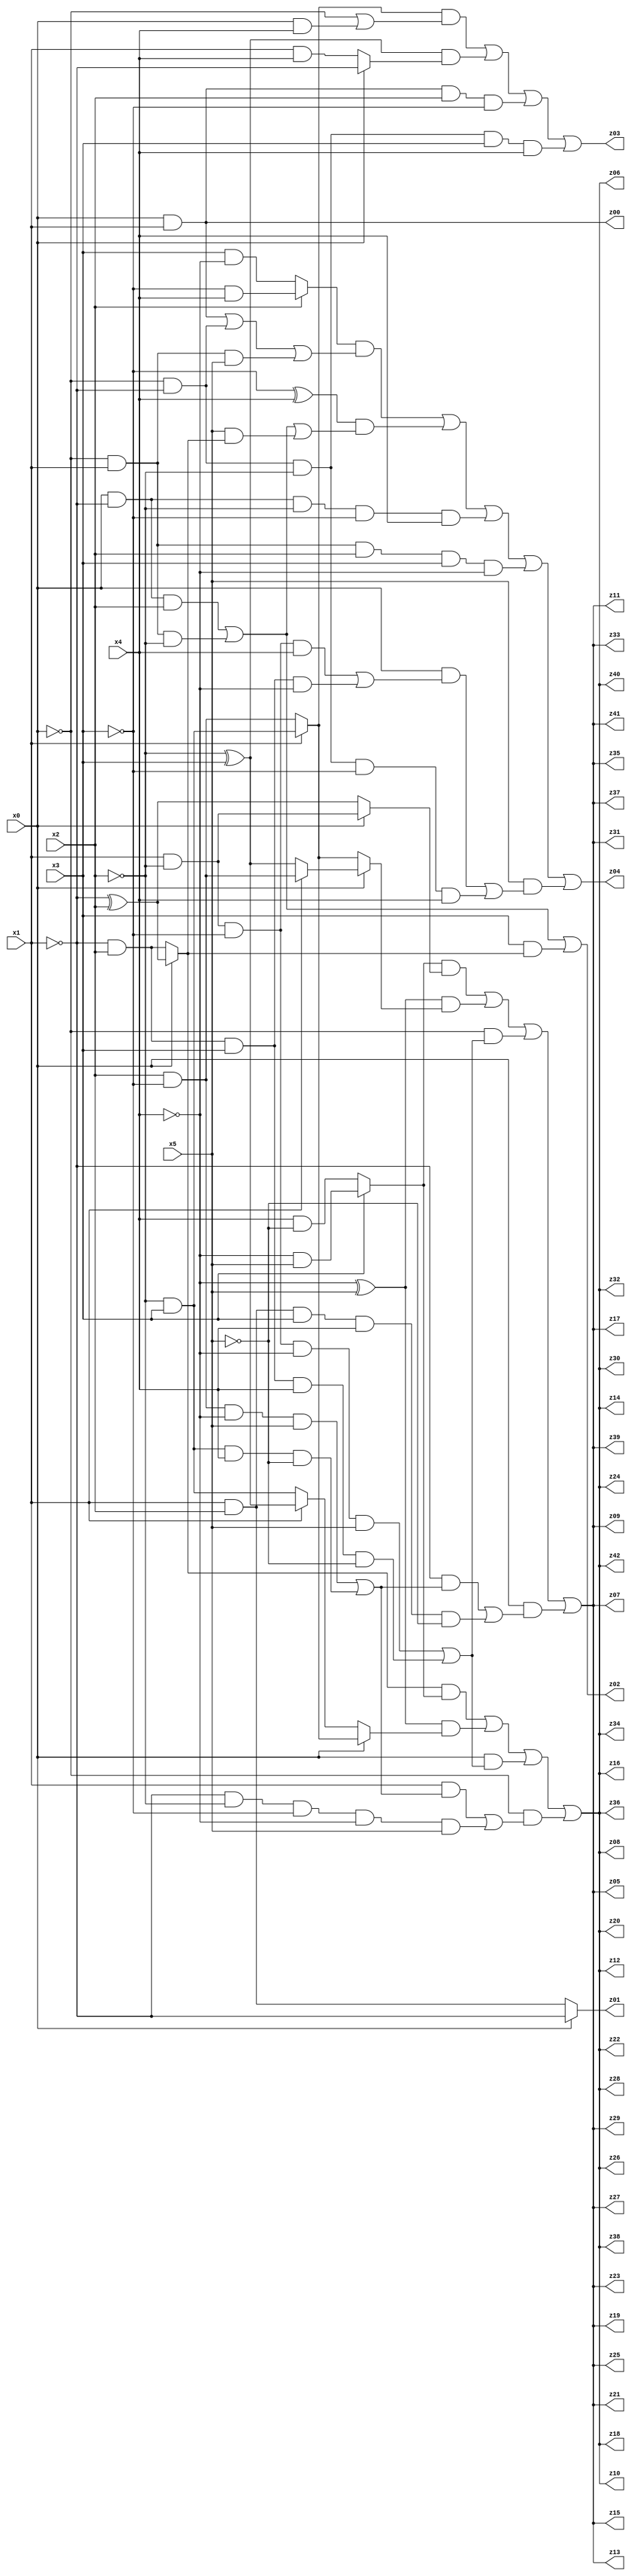
// Benchmark "q_7" written by ABC on Mon Jul 10 18:45:32 2023

module q_7 ( 
    x0, x1, x2, x3, x4, x5,
    z00, z01, z02, z03, z04, z05, z06, z07, z08, z09, z10, z11, z12, z13,
    z14, z15, z16, z17, z18, z19, z20, z21, z22, z23, z24, z25, z26, z27,
    z28, z29, z30, z31, z32, z33, z34, z35, z36, z37, z38, z39, z40, z41,
    z42  );
  input  x0, x1, x2, x3, x4, x5;
  output z00, z01, z02, z03, z04, z05, z06, z07, z08, z09, z10, z11, z12, z13,
    z14, z15, z16, z17, z18, z19, z20, z21, z22, z23, z24, z25, z26, z27,
    z28, z29, z30, z31, z32, z33, z34, z35, z36, z37, z38, z39, z40, z41,
    z42;
  assign z00 = x0 & x1;
  assign z01 = x0 ? ~x1 : (x1 & x2);
  assign z02 = (x0 & ~x1 & x2) | (~x0 & x1 & ~x2) | (x3 & (x0 ? (~x1 ^ x2) : (~x1 & x2)));
  assign z03 = ((x1 ? (~x2 & x3) : (x2 & ~x3)) & (~x0 | (x0 & x4))) | ((~x2 ^ x3) & (x0 ? ~x1 : (x1 & x4))) | (x0 & x1 & x2 & ~x3) | (~x0 & ~x1 & ~x2 & x3 & x4);
  assign z04 = ((x2 ? (~x3 & x4) : (x3 & ~x4)) & ((x0 & x1) | (~x0 & ~x1) | (~x0 & x1 & x5))) | ((~x3 ^ x4) & ((x0 & ~x1 & x2) | (~x0 & x1 & ~x2) | (x5 & (x0 ? (~x1 ^ x2) : (~x1 & x2))))) | (x0 & ~x1 & ~x2 & ~x3 & x4) | (~x0 & x1 & x2 & x3 & ~x4) | (x5 & ((x0 & ((x1 & ~x2 & ~x3 & x4) | (~x1 & x2 & x3 & ~x4))) | (~x0 & ~x1 & ~x2 & ~x3 & x4)));
  assign z05 = ((x3 ? (~x4 & x5) : (x4 & ~x5)) & (x0 ? (x1 & ~x2) : (~x1 ^ x2))) | ((~x4 ^ x5) & (x0 ? (x1 ? (x2 & ~x3) : (~x2 ^ x3)) : (x1 ? (~x2 & x3) : (x2 & ~x3)))) | (~x0 & ((x1 & ~x2 & ~x3 & ~x4 & x5) | (~x1 & x2 & x3 & x4 & ~x5))) | (x0 & ((~x1 & ((x2 & ~x3 & ~x4 & x5) | (~x2 & x3 & x4 & ~x5))) | (x1 & x2 & x3 & x4 & ~x5)));
  assign z06 = ((x0 ? (~x1 ^ x2) : (~x1 & x2)) & (x3 ? (~x4 & x5) : (x4 & ~x5))) | ((~x4 ^ x5) & (x0 ? (x1 ? (~x2 & x3) : (x2 & ~x3)) : (x1 ? (~x2 ^ x3) : (~x2 & x3)))) | (x0 & ((x1 & ~x2 & ~x3 & ~x4 & x5) | (~x1 & x2 & x3 & x4 & ~x5))) | (~x0 & ((x1 & ((x2 & ~x3 & ~x4 & x5) | (~x2 & x3 & x4 & ~x5))) | (~x1 & ~x2 & ~x3 & ~x4 & x5)));
  assign z07 = ((x3 ? (~x4 & x5) : (x4 & ~x5)) & (x0 ? (x1 & ~x2) : (~x1 ^ x2))) | ((~x4 ^ x5) & (x0 ? (x1 ? (x2 & ~x3) : (~x2 ^ x3)) : (x1 ? (~x2 & x3) : (x2 & ~x3)))) | (~x0 & ((x1 & ~x2 & ~x3 & ~x4 & x5) | (~x1 & x2 & x3 & x4 & ~x5))) | (x0 & ((~x1 & ((x2 & ~x3 & ~x4 & x5) | (~x2 & x3 & x4 & ~x5))) | (x1 & x2 & x3 & x4 & ~x5)));
  assign z08 = ((x0 ? (~x1 ^ x2) : (~x1 & x2)) & (x3 ? (~x4 & x5) : (x4 & ~x5))) | ((~x4 ^ x5) & (x0 ? (x1 ? (~x2 & x3) : (x2 & ~x3)) : (x1 ? (~x2 ^ x3) : (~x2 & x3)))) | (x0 & ((x1 & ~x2 & ~x3 & ~x4 & x5) | (~x1 & x2 & x3 & x4 & ~x5))) | (~x0 & ((x1 & ((x2 & ~x3 & ~x4 & x5) | (~x2 & x3 & x4 & ~x5))) | (~x1 & ~x2 & ~x3 & ~x4 & x5)));
  assign z09 = ((x3 ? (~x4 & x5) : (x4 & ~x5)) & (x0 ? (x1 & ~x2) : (~x1 ^ x2))) | ((~x4 ^ x5) & (x0 ? (x1 ? (x2 & ~x3) : (~x2 ^ x3)) : (x1 ? (~x2 & x3) : (x2 & ~x3)))) | (~x0 & ((x1 & ~x2 & ~x3 & ~x4 & x5) | (~x1 & x2 & x3 & x4 & ~x5))) | (x0 & ((~x1 & ((x2 & ~x3 & ~x4 & x5) | (~x2 & x3 & x4 & ~x5))) | (x1 & x2 & x3 & x4 & ~x5)));
  assign z10 = ((x0 ? (~x1 ^ x2) : (~x1 & x2)) & (x3 ? (~x4 & x5) : (x4 & ~x5))) | ((~x4 ^ x5) & (x0 ? (x1 ? (~x2 & x3) : (x2 & ~x3)) : (x1 ? (~x2 ^ x3) : (~x2 & x3)))) | (x0 & ((x1 & ~x2 & ~x3 & ~x4 & x5) | (~x1 & x2 & x3 & x4 & ~x5))) | (~x0 & ((x1 & ((x2 & ~x3 & ~x4 & x5) | (~x2 & x3 & x4 & ~x5))) | (~x1 & ~x2 & ~x3 & ~x4 & x5)));
  assign z11 = ((x3 ? (~x4 & x5) : (x4 & ~x5)) & (x0 ? (x1 & ~x2) : (~x1 ^ x2))) | ((~x4 ^ x5) & (x0 ? (x1 ? (x2 & ~x3) : (~x2 ^ x3)) : (x1 ? (~x2 & x3) : (x2 & ~x3)))) | (~x0 & ((x1 & ~x2 & ~x3 & ~x4 & x5) | (~x1 & x2 & x3 & x4 & ~x5))) | (x0 & ((~x1 & ((x2 & ~x3 & ~x4 & x5) | (~x2 & x3 & x4 & ~x5))) | (x1 & x2 & x3 & x4 & ~x5)));
  assign z12 = ((x0 ? (~x1 ^ x2) : (~x1 & x2)) & (x3 ? (~x4 & x5) : (x4 & ~x5))) | ((~x4 ^ x5) & (x0 ? (x1 ? (~x2 & x3) : (x2 & ~x3)) : (x1 ? (~x2 ^ x3) : (~x2 & x3)))) | (x0 & ((x1 & ~x2 & ~x3 & ~x4 & x5) | (~x1 & x2 & x3 & x4 & ~x5))) | (~x0 & ((x1 & ((x2 & ~x3 & ~x4 & x5) | (~x2 & x3 & x4 & ~x5))) | (~x1 & ~x2 & ~x3 & ~x4 & x5)));
  assign z13 = ((x3 ? (~x4 & x5) : (x4 & ~x5)) & (x0 ? (x1 & ~x2) : (~x1 ^ x2))) | ((~x4 ^ x5) & (x0 ? (x1 ? (x2 & ~x3) : (~x2 ^ x3)) : (x1 ? (~x2 & x3) : (x2 & ~x3)))) | (~x0 & ((x1 & ~x2 & ~x3 & ~x4 & x5) | (~x1 & x2 & x3 & x4 & ~x5))) | (x0 & ((~x1 & ((x2 & ~x3 & ~x4 & x5) | (~x2 & x3 & x4 & ~x5))) | (x1 & x2 & x3 & x4 & ~x5)));
  assign z14 = ((x0 ? (~x1 ^ x2) : (~x1 & x2)) & (x3 ? (~x4 & x5) : (x4 & ~x5))) | ((~x4 ^ x5) & (x0 ? (x1 ? (~x2 & x3) : (x2 & ~x3)) : (x1 ? (~x2 ^ x3) : (~x2 & x3)))) | (x0 & ((x1 & ~x2 & ~x3 & ~x4 & x5) | (~x1 & x2 & x3 & x4 & ~x5))) | (~x0 & ((x1 & ((x2 & ~x3 & ~x4 & x5) | (~x2 & x3 & x4 & ~x5))) | (~x1 & ~x2 & ~x3 & ~x4 & x5)));
  assign z15 = ((x3 ? (~x4 & x5) : (x4 & ~x5)) & (x0 ? (x1 & ~x2) : (~x1 ^ x2))) | ((~x4 ^ x5) & (x0 ? (x1 ? (x2 & ~x3) : (~x2 ^ x3)) : (x1 ? (~x2 & x3) : (x2 & ~x3)))) | (~x0 & ((x1 & ~x2 & ~x3 & ~x4 & x5) | (~x1 & x2 & x3 & x4 & ~x5))) | (x0 & ((~x1 & ((x2 & ~x3 & ~x4 & x5) | (~x2 & x3 & x4 & ~x5))) | (x1 & x2 & x3 & x4 & ~x5)));
  assign z16 = ((x0 ? (~x1 ^ x2) : (~x1 & x2)) & (x3 ? (~x4 & x5) : (x4 & ~x5))) | ((~x4 ^ x5) & (x0 ? (x1 ? (~x2 & x3) : (x2 & ~x3)) : (x1 ? (~x2 ^ x3) : (~x2 & x3)))) | (x0 & ((x1 & ~x2 & ~x3 & ~x4 & x5) | (~x1 & x2 & x3 & x4 & ~x5))) | (~x0 & ((x1 & ((x2 & ~x3 & ~x4 & x5) | (~x2 & x3 & x4 & ~x5))) | (~x1 & ~x2 & ~x3 & ~x4 & x5)));
  assign z17 = ((x3 ? (~x4 & x5) : (x4 & ~x5)) & (x0 ? (x1 & ~x2) : (~x1 ^ x2))) | ((~x4 ^ x5) & (x0 ? (x1 ? (x2 & ~x3) : (~x2 ^ x3)) : (x1 ? (~x2 & x3) : (x2 & ~x3)))) | (~x0 & ((x1 & ~x2 & ~x3 & ~x4 & x5) | (~x1 & x2 & x3 & x4 & ~x5))) | (x0 & ((~x1 & ((x2 & ~x3 & ~x4 & x5) | (~x2 & x3 & x4 & ~x5))) | (x1 & x2 & x3 & x4 & ~x5)));
  assign z18 = ((x0 ? (~x1 ^ x2) : (~x1 & x2)) & (x3 ? (~x4 & x5) : (x4 & ~x5))) | ((~x4 ^ x5) & (x0 ? (x1 ? (~x2 & x3) : (x2 & ~x3)) : (x1 ? (~x2 ^ x3) : (~x2 & x3)))) | (x0 & ((x1 & ~x2 & ~x3 & ~x4 & x5) | (~x1 & x2 & x3 & x4 & ~x5))) | (~x0 & ((x1 & ((x2 & ~x3 & ~x4 & x5) | (~x2 & x3 & x4 & ~x5))) | (~x1 & ~x2 & ~x3 & ~x4 & x5)));
  assign z19 = ((x3 ? (~x4 & x5) : (x4 & ~x5)) & (x0 ? (x1 & ~x2) : (~x1 ^ x2))) | ((~x4 ^ x5) & (x0 ? (x1 ? (x2 & ~x3) : (~x2 ^ x3)) : (x1 ? (~x2 & x3) : (x2 & ~x3)))) | (~x0 & ((x1 & ~x2 & ~x3 & ~x4 & x5) | (~x1 & x2 & x3 & x4 & ~x5))) | (x0 & ((~x1 & ((x2 & ~x3 & ~x4 & x5) | (~x2 & x3 & x4 & ~x5))) | (x1 & x2 & x3 & x4 & ~x5)));
  assign z20 = ((x0 ? (~x1 ^ x2) : (~x1 & x2)) & (x3 ? (~x4 & x5) : (x4 & ~x5))) | ((~x4 ^ x5) & (x0 ? (x1 ? (~x2 & x3) : (x2 & ~x3)) : (x1 ? (~x2 ^ x3) : (~x2 & x3)))) | (x0 & ((x1 & ~x2 & ~x3 & ~x4 & x5) | (~x1 & x2 & x3 & x4 & ~x5))) | (~x0 & ((x1 & ((x2 & ~x3 & ~x4 & x5) | (~x2 & x3 & x4 & ~x5))) | (~x1 & ~x2 & ~x3 & ~x4 & x5)));
  assign z21 = ((x3 ? (~x4 & x5) : (x4 & ~x5)) & (x0 ? (x1 & ~x2) : (~x1 ^ x2))) | ((~x4 ^ x5) & (x0 ? (x1 ? (x2 & ~x3) : (~x2 ^ x3)) : (x1 ? (~x2 & x3) : (x2 & ~x3)))) | (~x0 & ((x1 & ~x2 & ~x3 & ~x4 & x5) | (~x1 & x2 & x3 & x4 & ~x5))) | (x0 & ((~x1 & ((x2 & ~x3 & ~x4 & x5) | (~x2 & x3 & x4 & ~x5))) | (x1 & x2 & x3 & x4 & ~x5)));
  assign z22 = ((x0 ? (~x1 ^ x2) : (~x1 & x2)) & (x3 ? (~x4 & x5) : (x4 & ~x5))) | ((~x4 ^ x5) & (x0 ? (x1 ? (~x2 & x3) : (x2 & ~x3)) : (x1 ? (~x2 ^ x3) : (~x2 & x3)))) | (x0 & ((x1 & ~x2 & ~x3 & ~x4 & x5) | (~x1 & x2 & x3 & x4 & ~x5))) | (~x0 & ((x1 & ((x2 & ~x3 & ~x4 & x5) | (~x2 & x3 & x4 & ~x5))) | (~x1 & ~x2 & ~x3 & ~x4 & x5)));
  assign z23 = ((x3 ? (~x4 & x5) : (x4 & ~x5)) & (x0 ? (x1 & ~x2) : (~x1 ^ x2))) | ((~x4 ^ x5) & (x0 ? (x1 ? (x2 & ~x3) : (~x2 ^ x3)) : (x1 ? (~x2 & x3) : (x2 & ~x3)))) | (~x0 & ((x1 & ~x2 & ~x3 & ~x4 & x5) | (~x1 & x2 & x3 & x4 & ~x5))) | (x0 & ((~x1 & ((x2 & ~x3 & ~x4 & x5) | (~x2 & x3 & x4 & ~x5))) | (x1 & x2 & x3 & x4 & ~x5)));
  assign z24 = ((x0 ? (~x1 ^ x2) : (~x1 & x2)) & (x3 ? (~x4 & x5) : (x4 & ~x5))) | ((~x4 ^ x5) & (x0 ? (x1 ? (~x2 & x3) : (x2 & ~x3)) : (x1 ? (~x2 ^ x3) : (~x2 & x3)))) | (x0 & ((x1 & ~x2 & ~x3 & ~x4 & x5) | (~x1 & x2 & x3 & x4 & ~x5))) | (~x0 & ((x1 & ((x2 & ~x3 & ~x4 & x5) | (~x2 & x3 & x4 & ~x5))) | (~x1 & ~x2 & ~x3 & ~x4 & x5)));
  assign z25 = ((x3 ? (~x4 & x5) : (x4 & ~x5)) & (x0 ? (x1 & ~x2) : (~x1 ^ x2))) | ((~x4 ^ x5) & (x0 ? (x1 ? (x2 & ~x3) : (~x2 ^ x3)) : (x1 ? (~x2 & x3) : (x2 & ~x3)))) | (~x0 & ((x1 & ~x2 & ~x3 & ~x4 & x5) | (~x1 & x2 & x3 & x4 & ~x5))) | (x0 & ((~x1 & ((x2 & ~x3 & ~x4 & x5) | (~x2 & x3 & x4 & ~x5))) | (x1 & x2 & x3 & x4 & ~x5)));
  assign z26 = ((x0 ? (~x1 ^ x2) : (~x1 & x2)) & (x3 ? (~x4 & x5) : (x4 & ~x5))) | ((~x4 ^ x5) & (x0 ? (x1 ? (~x2 & x3) : (x2 & ~x3)) : (x1 ? (~x2 ^ x3) : (~x2 & x3)))) | (x0 & ((x1 & ~x2 & ~x3 & ~x4 & x5) | (~x1 & x2 & x3 & x4 & ~x5))) | (~x0 & ((x1 & ((x2 & ~x3 & ~x4 & x5) | (~x2 & x3 & x4 & ~x5))) | (~x1 & ~x2 & ~x3 & ~x4 & x5)));
  assign z27 = ((x3 ? (~x4 & x5) : (x4 & ~x5)) & (x0 ? (x1 & ~x2) : (~x1 ^ x2))) | ((~x4 ^ x5) & (x0 ? (x1 ? (x2 & ~x3) : (~x2 ^ x3)) : (x1 ? (~x2 & x3) : (x2 & ~x3)))) | (~x0 & ((x1 & ~x2 & ~x3 & ~x4 & x5) | (~x1 & x2 & x3 & x4 & ~x5))) | (x0 & ((~x1 & ((x2 & ~x3 & ~x4 & x5) | (~x2 & x3 & x4 & ~x5))) | (x1 & x2 & x3 & x4 & ~x5)));
  assign z28 = ((x0 ? (~x1 ^ x2) : (~x1 & x2)) & (x3 ? (~x4 & x5) : (x4 & ~x5))) | ((~x4 ^ x5) & (x0 ? (x1 ? (~x2 & x3) : (x2 & ~x3)) : (x1 ? (~x2 ^ x3) : (~x2 & x3)))) | (x0 & ((x1 & ~x2 & ~x3 & ~x4 & x5) | (~x1 & x2 & x3 & x4 & ~x5))) | (~x0 & ((x1 & ((x2 & ~x3 & ~x4 & x5) | (~x2 & x3 & x4 & ~x5))) | (~x1 & ~x2 & ~x3 & ~x4 & x5)));
  assign z29 = ((x3 ? (~x4 & x5) : (x4 & ~x5)) & (x0 ? (x1 & ~x2) : (~x1 ^ x2))) | ((~x4 ^ x5) & (x0 ? (x1 ? (x2 & ~x3) : (~x2 ^ x3)) : (x1 ? (~x2 & x3) : (x2 & ~x3)))) | (~x0 & ((x1 & ~x2 & ~x3 & ~x4 & x5) | (~x1 & x2 & x3 & x4 & ~x5))) | (x0 & ((~x1 & ((x2 & ~x3 & ~x4 & x5) | (~x2 & x3 & x4 & ~x5))) | (x1 & x2 & x3 & x4 & ~x5)));
  assign z30 = ((x0 ? (~x1 ^ x2) : (~x1 & x2)) & (x3 ? (~x4 & x5) : (x4 & ~x5))) | ((~x4 ^ x5) & (x0 ? (x1 ? (~x2 & x3) : (x2 & ~x3)) : (x1 ? (~x2 ^ x3) : (~x2 & x3)))) | (x0 & ((x1 & ~x2 & ~x3 & ~x4 & x5) | (~x1 & x2 & x3 & x4 & ~x5))) | (~x0 & ((x1 & ((x2 & ~x3 & ~x4 & x5) | (~x2 & x3 & x4 & ~x5))) | (~x1 & ~x2 & ~x3 & ~x4 & x5)));
  assign z31 = ((x3 ? (~x4 & x5) : (x4 & ~x5)) & (x0 ? (x1 & ~x2) : (~x1 ^ x2))) | ((~x4 ^ x5) & (x0 ? (x1 ? (x2 & ~x3) : (~x2 ^ x3)) : (x1 ? (~x2 & x3) : (x2 & ~x3)))) | (~x0 & ((x1 & ~x2 & ~x3 & ~x4 & x5) | (~x1 & x2 & x3 & x4 & ~x5))) | (x0 & ((~x1 & ((x2 & ~x3 & ~x4 & x5) | (~x2 & x3 & x4 & ~x5))) | (x1 & x2 & x3 & x4 & ~x5)));
  assign z32 = ((x0 ? (~x1 ^ x2) : (~x1 & x2)) & (x3 ? (~x4 & x5) : (x4 & ~x5))) | ((~x4 ^ x5) & (x0 ? (x1 ? (~x2 & x3) : (x2 & ~x3)) : (x1 ? (~x2 ^ x3) : (~x2 & x3)))) | (x0 & ((x1 & ~x2 & ~x3 & ~x4 & x5) | (~x1 & x2 & x3 & x4 & ~x5))) | (~x0 & ((x1 & ((x2 & ~x3 & ~x4 & x5) | (~x2 & x3 & x4 & ~x5))) | (~x1 & ~x2 & ~x3 & ~x4 & x5)));
  assign z33 = ((x3 ? (~x4 & x5) : (x4 & ~x5)) & (x0 ? (x1 & ~x2) : (~x1 ^ x2))) | ((~x4 ^ x5) & (x0 ? (x1 ? (x2 & ~x3) : (~x2 ^ x3)) : (x1 ? (~x2 & x3) : (x2 & ~x3)))) | (~x0 & ((x1 & ~x2 & ~x3 & ~x4 & x5) | (~x1 & x2 & x3 & x4 & ~x5))) | (x0 & ((~x1 & ((x2 & ~x3 & ~x4 & x5) | (~x2 & x3 & x4 & ~x5))) | (x1 & x2 & x3 & x4 & ~x5)));
  assign z34 = ((x0 ? (~x1 ^ x2) : (~x1 & x2)) & (x3 ? (~x4 & x5) : (x4 & ~x5))) | ((~x4 ^ x5) & (x0 ? (x1 ? (~x2 & x3) : (x2 & ~x3)) : (x1 ? (~x2 ^ x3) : (~x2 & x3)))) | (x0 & ((x1 & ~x2 & ~x3 & ~x4 & x5) | (~x1 & x2 & x3 & x4 & ~x5))) | (~x0 & ((x1 & ((x2 & ~x3 & ~x4 & x5) | (~x2 & x3 & x4 & ~x5))) | (~x1 & ~x2 & ~x3 & ~x4 & x5)));
  assign z35 = ((x3 ? (~x4 & x5) : (x4 & ~x5)) & (x0 ? (x1 & ~x2) : (~x1 ^ x2))) | ((~x4 ^ x5) & (x0 ? (x1 ? (x2 & ~x3) : (~x2 ^ x3)) : (x1 ? (~x2 & x3) : (x2 & ~x3)))) | (~x0 & ((x1 & ~x2 & ~x3 & ~x4 & x5) | (~x1 & x2 & x3 & x4 & ~x5))) | (x0 & ((~x1 & ((x2 & ~x3 & ~x4 & x5) | (~x2 & x3 & x4 & ~x5))) | (x1 & x2 & x3 & x4 & ~x5)));
  assign z36 = ((x0 ? (~x1 ^ x2) : (~x1 & x2)) & (x3 ? (~x4 & x5) : (x4 & ~x5))) | ((~x4 ^ x5) & (x0 ? (x1 ? (~x2 & x3) : (x2 & ~x3)) : (x1 ? (~x2 ^ x3) : (~x2 & x3)))) | (x0 & ((x1 & ~x2 & ~x3 & ~x4 & x5) | (~x1 & x2 & x3 & x4 & ~x5))) | (~x0 & ((x1 & ((x2 & ~x3 & ~x4 & x5) | (~x2 & x3 & x4 & ~x5))) | (~x1 & ~x2 & ~x3 & ~x4 & x5)));
  assign z37 = ((x3 ? (~x4 & x5) : (x4 & ~x5)) & (x0 ? (x1 & ~x2) : (~x1 ^ x2))) | ((~x4 ^ x5) & (x0 ? (x1 ? (x2 & ~x3) : (~x2 ^ x3)) : (x1 ? (~x2 & x3) : (x2 & ~x3)))) | (~x0 & ((x1 & ~x2 & ~x3 & ~x4 & x5) | (~x1 & x2 & x3 & x4 & ~x5))) | (x0 & ((~x1 & ((x2 & ~x3 & ~x4 & x5) | (~x2 & x3 & x4 & ~x5))) | (x1 & x2 & x3 & x4 & ~x5)));
  assign z38 = ((x0 ? (~x1 ^ x2) : (~x1 & x2)) & (x3 ? (~x4 & x5) : (x4 & ~x5))) | ((~x4 ^ x5) & (x0 ? (x1 ? (~x2 & x3) : (x2 & ~x3)) : (x1 ? (~x2 ^ x3) : (~x2 & x3)))) | (x0 & ((x1 & ~x2 & ~x3 & ~x4 & x5) | (~x1 & x2 & x3 & x4 & ~x5))) | (~x0 & ((x1 & ((x2 & ~x3 & ~x4 & x5) | (~x2 & x3 & x4 & ~x5))) | (~x1 & ~x2 & ~x3 & ~x4 & x5)));
  assign z39 = ((x3 ? (~x4 & x5) : (x4 & ~x5)) & (x0 ? (x1 & ~x2) : (~x1 ^ x2))) | ((~x4 ^ x5) & (x0 ? (x1 ? (x2 & ~x3) : (~x2 ^ x3)) : (x1 ? (~x2 & x3) : (x2 & ~x3)))) | (~x0 & ((x1 & ~x2 & ~x3 & ~x4 & x5) | (~x1 & x2 & x3 & x4 & ~x5))) | (x0 & ((~x1 & ((x2 & ~x3 & ~x4 & x5) | (~x2 & x3 & x4 & ~x5))) | (x1 & x2 & x3 & x4 & ~x5)));
  assign z40 = ((x0 ? (~x1 ^ x2) : (~x1 & x2)) & (x3 ? (~x4 & x5) : (x4 & ~x5))) | ((~x4 ^ x5) & (x0 ? (x1 ? (~x2 & x3) : (x2 & ~x3)) : (x1 ? (~x2 ^ x3) : (~x2 & x3)))) | (x0 & ((x1 & ~x2 & ~x3 & ~x4 & x5) | (~x1 & x2 & x3 & x4 & ~x5))) | (~x0 & ((x1 & ((x2 & ~x3 & ~x4 & x5) | (~x2 & x3 & x4 & ~x5))) | (~x1 & ~x2 & ~x3 & ~x4 & x5)));
  assign z41 = ((x3 ? (~x4 & x5) : (x4 & ~x5)) & (x0 ? (x1 & ~x2) : (~x1 ^ x2))) | ((~x4 ^ x5) & (x0 ? (x1 ? (x2 & ~x3) : (~x2 ^ x3)) : (x1 ? (~x2 & x3) : (x2 & ~x3)))) | (~x0 & ((x1 & ~x2 & ~x3 & ~x4 & x5) | (~x1 & x2 & x3 & x4 & ~x5))) | (x0 & ((~x1 & ((x2 & ~x3 & ~x4 & x5) | (~x2 & x3 & x4 & ~x5))) | (x1 & x2 & x3 & x4 & ~x5)));
  assign z42 = ((x0 ? (~x1 ^ x2) : (~x1 & x2)) & (x3 ? (~x4 & x5) : (x4 & ~x5))) | ((~x4 ^ x5) & (x0 ? (x1 ? (~x2 & x3) : (x2 & ~x3)) : (x1 ? (~x2 ^ x3) : (~x2 & x3)))) | (x0 & ((x1 & ~x2 & ~x3 & ~x4 & x5) | (~x1 & x2 & x3 & x4 & ~x5))) | (~x0 & ((x1 & ((x2 & ~x3 & ~x4 & x5) | (~x2 & x3 & x4 & ~x5))) | (~x1 & ~x2 & ~x3 & ~x4 & x5)));
endmodule